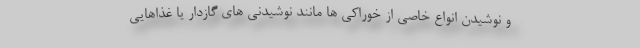
و نوشیدن انواع خاصی از خوراکی ها مانند نوشیدنی های گازدار یا غذاهایی